Annual report of the Imperial Bacteriological Laboratory, Muktesar
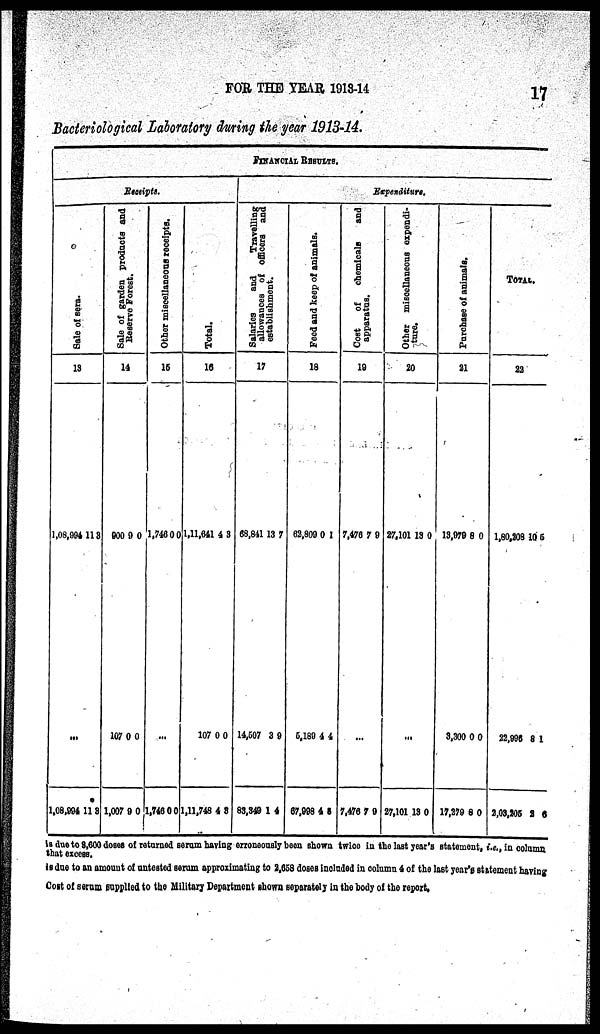
FOR THE YEAR 1913-14
17
Bacteriological Laboratory during the year 1913-14.
Receipts.
Sale of Sera.
13
1,08,994
...
1,08,994
11
11
8
8
Sale of garden products and
Reserve Fores t .
14
900
107
1,007
9
0
9
0
0
0
Ot he r miscellaneous receipts.
15
1,746
...
1,746
0
0
0
0
Tot al .
16
1,11,641
107
1,11,748
4
0
4
3
0
3
FINANCIAL RESULTS.
Expenditure.
Salaries and Tr ave l
l
i
ng
allowances of officers and
establishment.
17
68,841
14,507
83,349
13
3
1
7
9
4
Feed and keep of animals.
18
62,809
5,189
67,998
0
4
4
1
4
5
Cos t of chemicals and.
apparatus.
19
7,476
7,476
7
7
9
9
Ot he r miscellaneous expendi-
t ure.
20
27,101
...
27,101
13
13
0
0
Purchase of animals.
21
13,979
3,300
17,279
8
0
8
0
0
0
Total.
22
1,80,208
22,996
2,03, 205
10
8
2
5
1
6
Is due to 8,600 doses of returned serum having erroneously been shown twice in the last year's statement, i.e., in column
that excess.
is due to an amount of untested serum approximating to 2,658 doses included in column 4 of the last year's statement having
Cost of serum supplied to the Military Department shown separately in the body of the report.